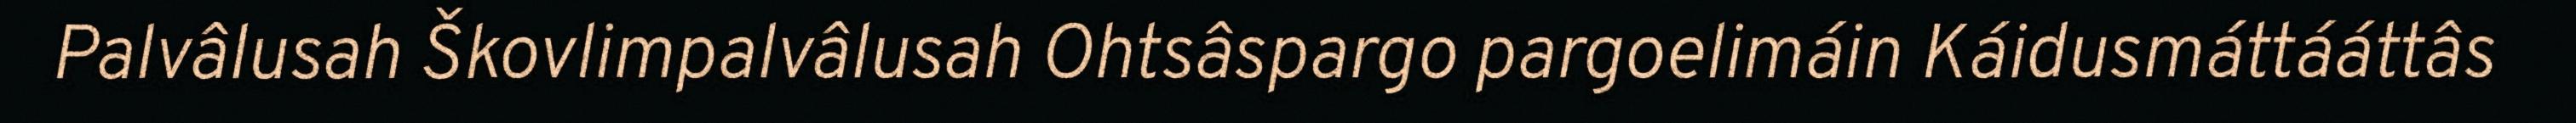
Palvâlusah Škovlimpalvâlusah Ohtsâspargo pargoelimáin Káidusmáttááttâs